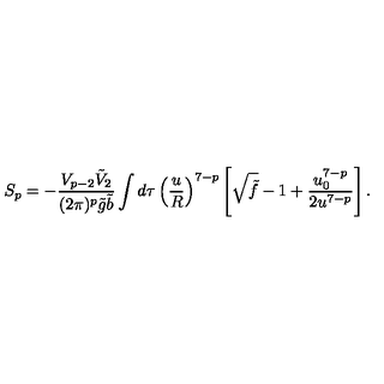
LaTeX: S _ { p } = - \frac { V _ { p - 2 } \tilde { V } _ { 2 } } { ( 2 \pi ) ^ { p } \tilde { g } \tilde { b } } \int d \tau \left( \frac { u } { R } \right) ^ { 7 - p } \left[ \sqrt { \tilde { f } } - 1 + \frac { u _ { 0 } ^ { 7 - p } } { 2 u ^ { 7 - p } } \right] .